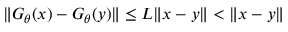
\| G _ { \theta } ( x ) - G _ { \theta } ( y ) \| \leq L \| x - y \| < \| x - y \|